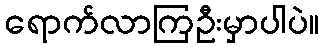
ရောက်လာကြဦးမှာပါပဲ။